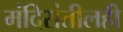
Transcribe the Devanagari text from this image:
मंदिरांतीलही